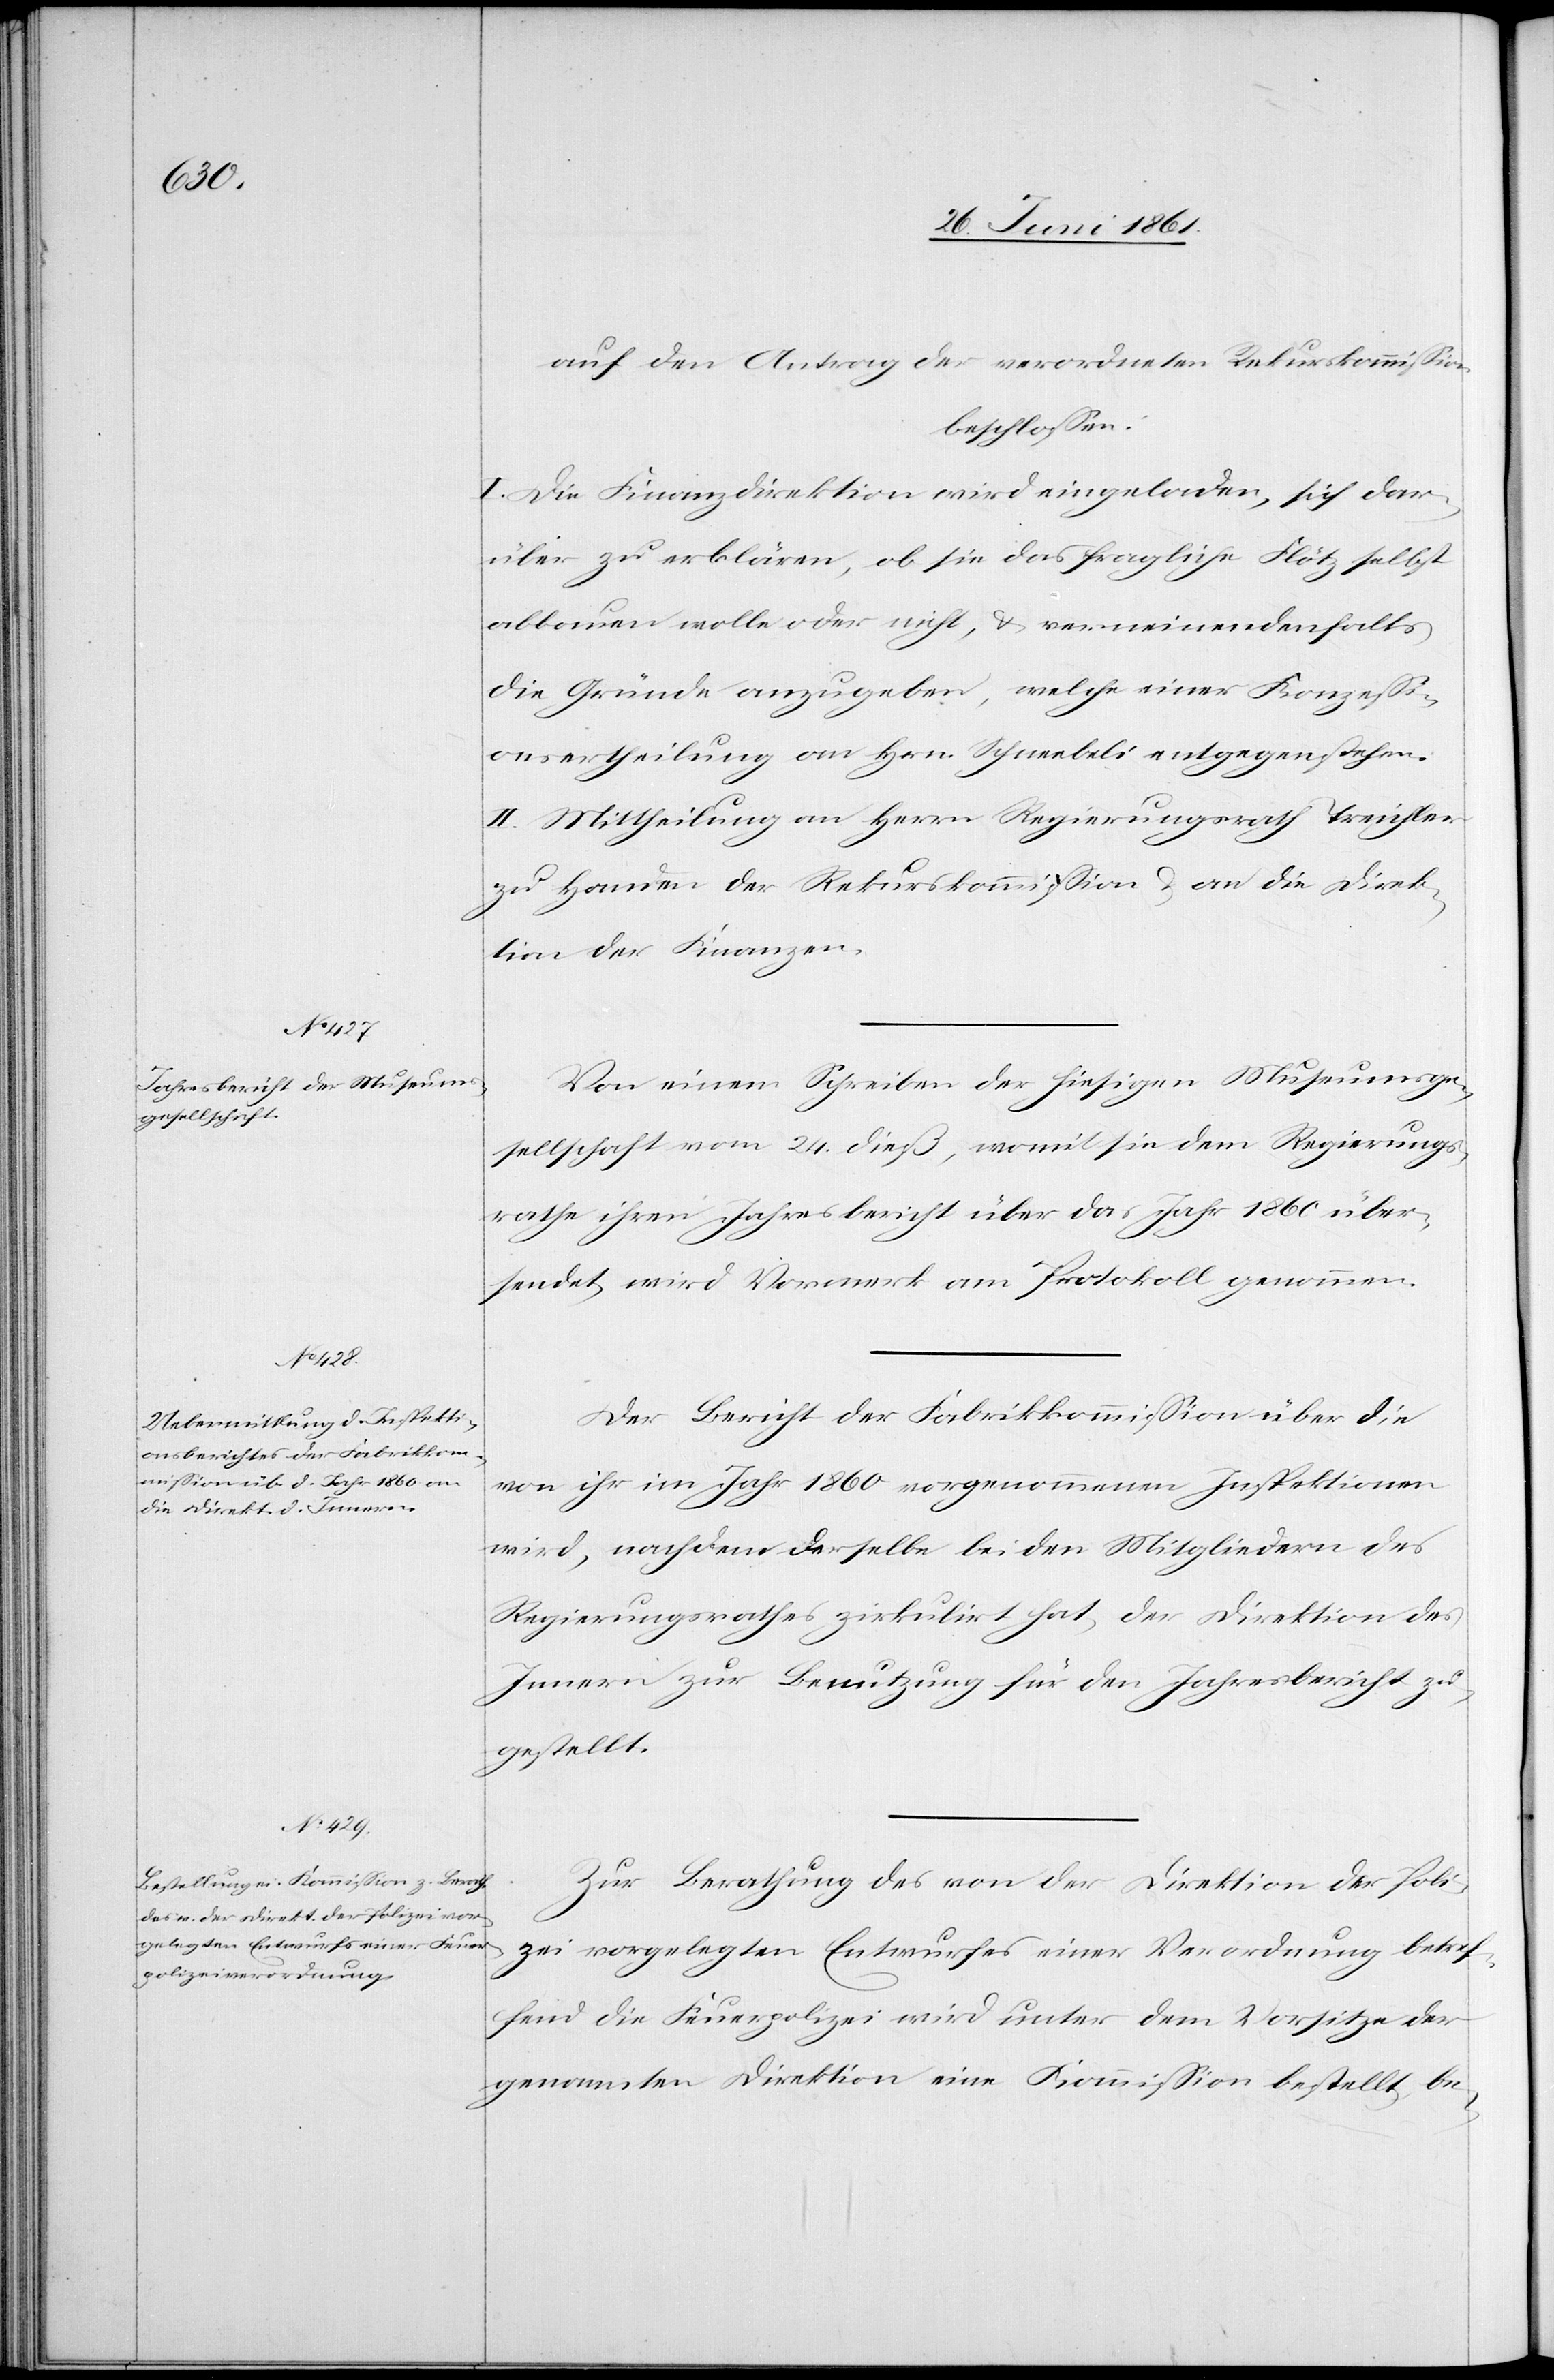
auf den Antrag der verordneten Rekurskommission
beschlossen:
I. Die Finanzdirektion wird eingeladen, sich dar¬
über zu erklären, ob sie das fragliche Flötz selbst
abbauen wolle oder nicht, u. es verneinenden falls
die Gründe anzugeben, welche einer Konzessi¬
onserheilung an Hrn. Schneebeli entgegenstehen.
II. Mittheilung an Herrn Regierungsrath Treichler
zu Handen der Rekurskommission u. an die Direk¬
tion der Finanzen.
Von einem Schreiben der hiesigen Museumsge¬
sellschaft vom 24. dieß, womit sie dem Regierungs¬
rathe ihren Jahresbericht über das Jahr 1860 über¬
sendet, wird Vormerk am Protokoll genommen.
Der Bericht der Fabrikkommission über die
von ihr im Jahr 1860 vorgenommenen Inspektionen
wird, nachdem derselbe bei den Mitgliedern des
Regierungsrathes zirkulirt hat, der Direktion des
Innern zur Benutzung für den Jahresbericht zu¬
gestellt.
Zur Berathung des von der Direktion der Poli¬
zei vorgelegten Entwurfes einer Verordnung betref¬
fend die Feuerpolizei wird unter dem Vorsitze der
genannten Direktion eine Kommission bestellt, be-